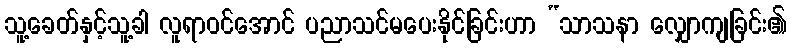
သူ့ခေတ်နှင့်သူ့ခါ လူရာဝင်အောင် ပညာသင်မပေးနိုင်ခြင်းဟာ “သာသနာ လျှောကျခြင်း၏